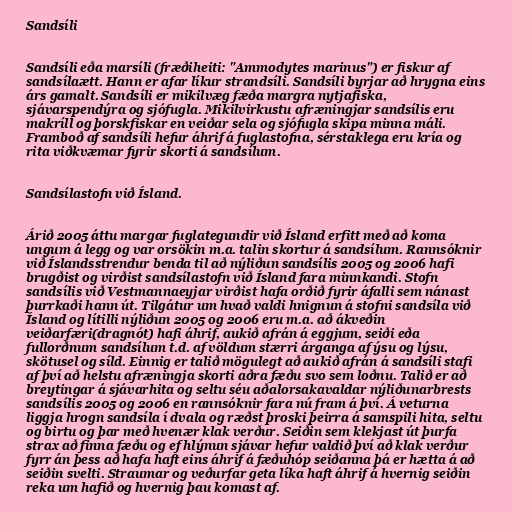
Sandsíli

Sandsíli eða marsíli (fræðiheiti: "Ammodytes marinus") er fiskur af
sandsílaætt. Hann er afar líkur strandsíli. Sandsíli byrjar að hrygna eins
árs gamalt. Sandsíli er mikilvæg fæða margra nytjafiska,
sjávarspendýra og sjófugla. Mikilvirkustu afræningjar sandsílis eru
makríll og þorskfiskar en veiðar sela og sjófugla skipa minna máli.
Framboð af sandsíli hefur áhrif á fuglastofna, sérstaklega eru kría og
rita viðkvæmar fyrir skorti á sandsílum.

Sandsílastofn við Ísland.

Árið 2005 áttu margar fuglategundir við Ísland erfitt með að koma
ungum á legg og var orsökin m.a. talin skortur á sandsílum. Rannsóknir
við Íslandsstrendur benda til að nýliðun sandsílis 2005 og 2006 hafi
brugðist og virðist sandsílastofn við Ísland fara minnkandi. Stofn
sandsílis við Vestmannaeyjar virðist hafa orðið fyrir áfalli sem nánast
þurrkaði hann út. Tilgátur um hvað valdi hnignun á stofni sandsíla við
Ísland og lítilli nýliðun 2005 og 2006 eru m.a. að ákveðin
veiðarfæri(dragnót) hafi áhrif, aukið afrán á eggjum, seiði eða
fullorðnum sandsílum t.d. af völdum stærri árganga af ýsu og lýsu,
skötusel og síld. Einnig er talið mögulegt að aukið afrán á sandsíli stafi
af því að helstu afræningja skorti aðra fæðu svo sem loðnu. Talið er að
breytingar á sjávarhita og seltu séu aðalorsakavaldar nýliðunarbrests
sandsílis 2005 og 2006 en rannsóknir fara nú fram á því. Á veturna
liggja hrogn sandsíla í dvala og ræðst þroski þeirra á samspili hita, seltu
og birtu og þar með hvenær klak verður. Seiðin sem klekjast út þurfa
strax að finna fæðu og ef hlýnun sjávar hefur valdið því að klak verður
fyrr án þess að hafa haft eins áhrif á fæðuhóp seiðanna þá er hætta á að
seiðin svelti. Straumar og veðurfar geta líka haft áhrif á hvernig seiðin
reka um hafið og hvernig þau komast af.